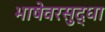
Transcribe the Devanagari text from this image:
भाषेवरसुद्धा